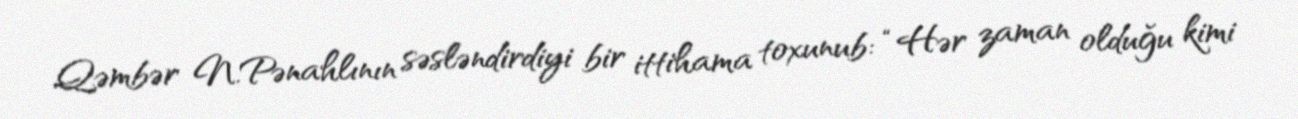
Qəmbər N.Pənahlının səsləndirdiyi bir ittihama toxunub: “Hər zaman olduğu kimi